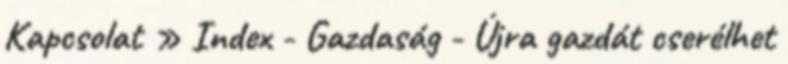
Kapcsolat » Index - Gazdaság - Újra gazdát cserélhet